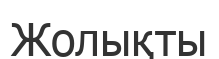
Жолықты